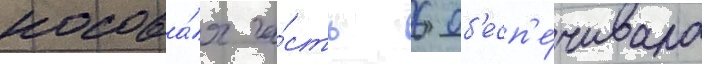
носова́я ча́сть 6 об'есп'е́чивала